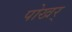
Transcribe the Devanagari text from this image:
पोखर्